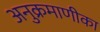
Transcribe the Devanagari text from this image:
अनुक्रमाणीका